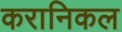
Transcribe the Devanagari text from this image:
करानिकल